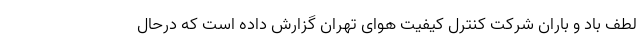
لطف باد و باران شرکت کنترل کیفیت هوای تهران گزارش داده است که درحال‌